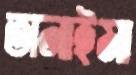
তানাইমা